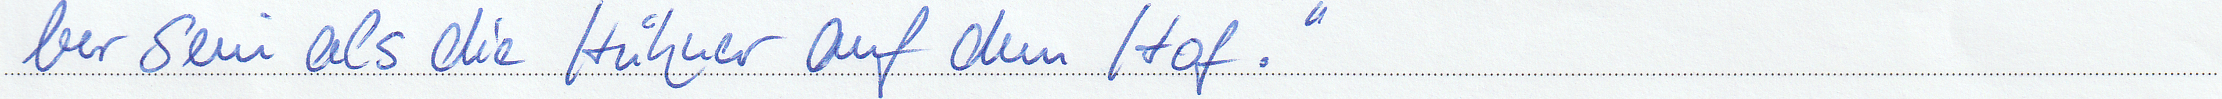
ber sein als die Hühner auf dem Hof."